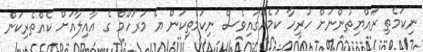
ނިކަމެތި ރައްޔިތުންނަށް ހުރިހާ ކަމެއްގައިވެސް ނިކަމެތިކަން އެ މަރުހޫމް ގެ އާއިލާއަށް ކެއްތެރިކަން